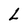
Character: L